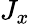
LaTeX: J_{x}